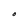
Character: O